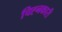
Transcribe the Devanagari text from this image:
चिह्नकारी